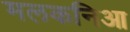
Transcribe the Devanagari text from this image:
मलकनिआ